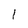
Character: I